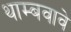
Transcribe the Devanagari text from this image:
थाम्बवावे